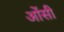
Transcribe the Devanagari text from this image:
ओंसी